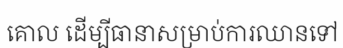
គោល ដើម្បីធានាសម្រាប់ការឈានទៅ